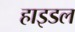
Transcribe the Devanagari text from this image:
हाइडल